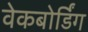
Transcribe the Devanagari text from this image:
वेकबोर्डिंग